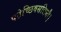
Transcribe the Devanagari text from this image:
पठेच्छिवसन्निधौ।